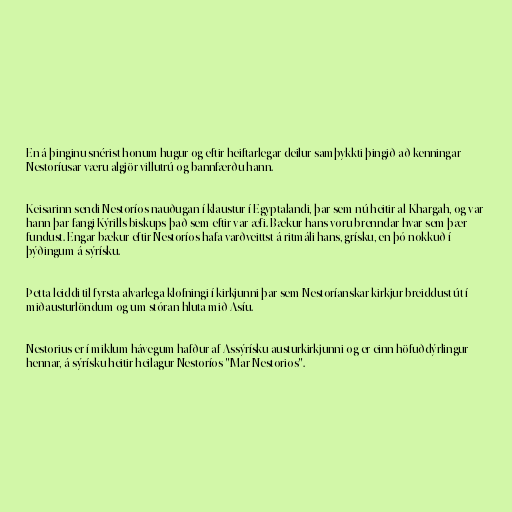
En á þinginu snérist honum hugur og eftir heiftarlegar deilur samþykkti þingið að kenningar
Nestoríusar væru algjör villutrú og bannfærðu hann.

Keisarinn sendi Nestoríos nauðugan í klaustur í Egyptalandi, þar sem nú heitir al-Khargah, og var
hann þar fangi Kýrills biskups það sem eftir var æfi. Bækur hans voru brenndar hvar sem þær
fundust. Engar bækur eftir Nestoríos hafa varðveittst á ritmáli hans, grísku, en þó nokkuð í
þýðingum á sýrísku.

Þetta leiddi til fyrsta alvarlega klofningi í kirkjunni þar sem Nestoríanskar kirkjur breiddust út í
miðausturlöndum og um stóran hluta mið Asíu.

Nestorius er í miklum hávegum hafður af Assýrísku austurkirkjunni og er einn höfuðdýrlingur
hennar, á sýrísku heitir heilagur Nestoríos "Mar Nestorios".